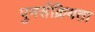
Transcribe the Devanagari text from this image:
पुनर्सक्रियता